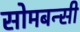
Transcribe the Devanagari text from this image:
सोमबन्सी